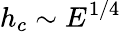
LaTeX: h_{c}\sim E^{1/4}